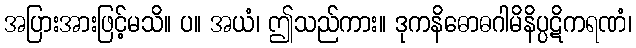
အပြားအားဖြင့်မသိ။ ပ။ အယံ၊ ဤသည်ကား။ ဒုကနိဓောဓဂါမိနိပ္ပဋိကရဏံ၊